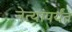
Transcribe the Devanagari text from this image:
नेत्यांपर्यंत